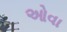
ઓવા